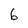
Character: 6